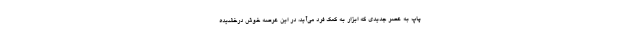
پاپ به عصر جدیدی که ابزار به کمک فرد می‌آید، در این عرصه خوش درخشیده